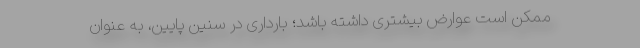
ممکن است عوارض بیشتری داشته باشد؛ بارداری در سنین پایین، به عنوان